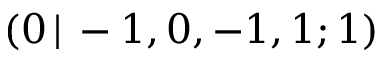
( 0 \, | \, - 1 , 0 , - 1 , 1 ; 1 )